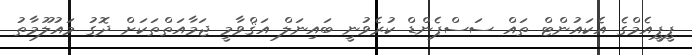
ޕީޕީއެމްގެ އެކައުންޓް ތައް ސަސްޕެންޑް ކުރެވުނީ ބައިނަލް އަޤްވާމީ ޖަމާއަތްތަކަށް ދޮގު މައުލޫމާތު